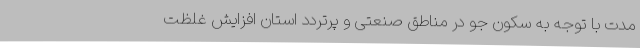
مدت با توجه به سکون جو در مناطق صنعتی و پرتردد استان افزایش غلظت